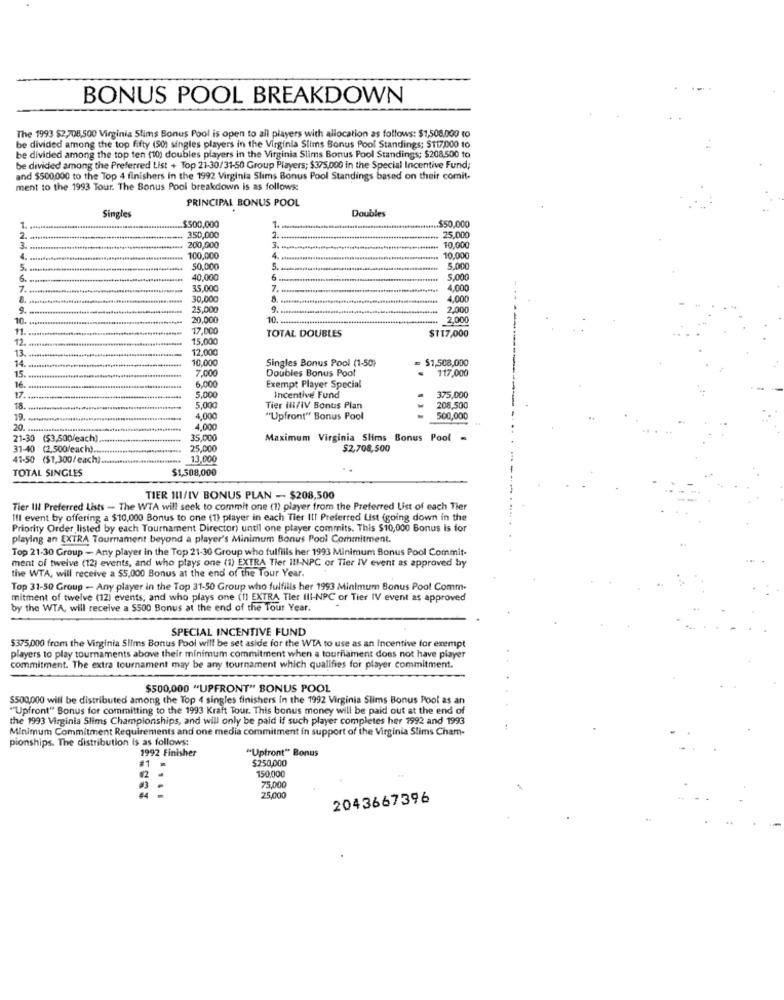
BONUS POOL BREAKDOWN
The 1993 $2,708,500 Virginia Slims Bonus Pool is open to all players with allocation as follows: $1,508,000 to
be divided among the top fifty (50) singles players in the Virginia Slims Bonus Pool Standings; $117000 to
be divided among the top ten (10) doubles players in the Virginia Slims Bonus Pool Standings; $208,500 to
be divided among the Preferred List + Top 21-30/31-50 Group Players; $375,000 in the Special Incentive Fund;
and $500000 to the Top 4 finishers in the 1992 Virginia Slims Bonus Pool Standings based on their comit-
ment to the 1993 Tour. The Bonus Pool breakdown is as follows:
PRINCIPAL BONUS POOL
Doubles
Singles
$500,000
$50,000
7
2.
350,000
2 ........
25,000
3
200,000
. 10,000
4.
100,000
4. *********
10,000
5.
50,000
5. ... mm
5.000
40,000
6 ........
5,000
7.
35.000
7. .........
4.000
- .
30,000
4.000
9.
25,000
9 ...
2.000
10.
20,000
10 ...
2,000
11
17,000
TOTAL DOUBLES
$117,000
12
15,000
12.000
13 ..
14.
10.000
Singles Bonus Pool (1-50)
$1,508,000
15.
7.000
Doubles Bonus Pool
.
117,000
16.
6.000
17
5,000
Exempt Player Special
Incentive Fund
375,000
18.
5,000
Tier iii/IV Bonus Plan
208,500
19.
4,000
"Upfront" Bonus Pool
500,000
20.
4,000
21-30
($3,500/each)
35.000
Maximum Virginia Slims Bonus Pool
31-40 (2,500/each) ..
25,000
$2,708,500
41-50 ($1,300/ each)
13,000
TOTAL SINGLES
$1,508,000
TIER III/IV BONUS PLAN - $208,500
Tier Ill Preferred Lists - The WTA will seek to commit one (1) player from the Preferred List of each Tier
Ill event by offering a $10,000 Bonus to one (1) player in each Tier III Preferred List (going down in the
Priority Order listed by each Tournament Director) until one player commits. This $10,000 Bonus is for
playing an EXTRA Tournament beyond a player's Minimum Bonus Pool Commitment.
Top 21-30 Group - Any player in the Top 21-30 Group who fulfills her 1993 Minimum Bonus Pool Commit-
ment of twelve (12) events, and who plays one (1) EXTRA Tier III-NPC or Tier IV event as approved by
the WTA, will receive a $5,000 Bonus at the end of the Tour Year.
Top 31-50 Group - Any player in the Top 31-50 Group who fulfills her 1993 Minimum Bonus Pool Comm-
mitment of twelve (12) events, and who plays one (1) EXTRA Tier III-NPC or Tier IV event as approved
by the WTA, will receive a $500 Bonus at the end of the Tour Year.
SPECIAL INCENTIVE FUND
$375,000 from the Virginia Slims Bonus Pool will be set aside for the WTA to use as an incentive for exempt
players to play tournaments above their minimum commitment when a tournament does not have player
commitment. The extra tournament may be any tournament which qualifies for player commitment.
$500,000 "UPFRONT" BONUS POOL
$500,000 will be distributed among the Top 4 singles finishers In the 1992 Virginia Slims Bonus Pool as an
"Upfront" Bonus for committing to the 1993 Kraft Tour. This bonus money will be paid out at the end of
the 1993 Virginia Slims Championships, and will only be paid if such player completes her 1992 and 1993
Minimum Commitment Requirements and one media commitment in support of the Virginia Slims Cham-
pionships. The distribution Is as follows:
2992 Finisher
"Upfront" Bonus
#1 =
$250,000
150,000
75,000
25.000
2043667396